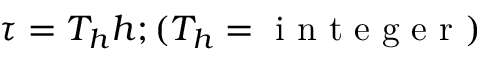
\tau = T _ { h } h ; ( T _ { h } = \mathrm { ~ i ~ n ~ t ~ e ~ g ~ e ~ r ~ } )